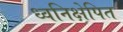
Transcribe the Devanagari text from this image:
ध्वनिक्षेपित